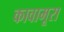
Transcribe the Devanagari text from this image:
कावामूरा